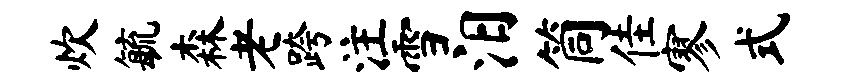
炊毓森老跨注雪汨筒佳寥式